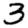
Digit: 3